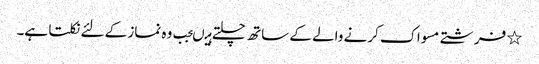
٭ فرشتے مسواک کرنے والے کے ساتھ چلتے ہیںجب وہ نماز کے لئے نکلتا ہے۔